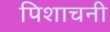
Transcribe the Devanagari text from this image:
पिशाचनी